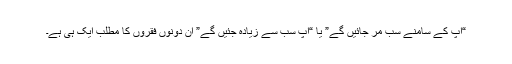
“آپ کے سامنے سب مر جائیں گے” یا “آپ سب سے زیادہ جئیں گے” ان دونوں فقروں کا مطلب ایک ہی ہے۔